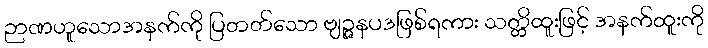
ဉာဏဟူသောအနက်ကို ပြတတ်သော ဗျဉ္ဇနပဒဖြစ်ရကား သတ္တိထူးဖြင့် အနက်ထူးကို